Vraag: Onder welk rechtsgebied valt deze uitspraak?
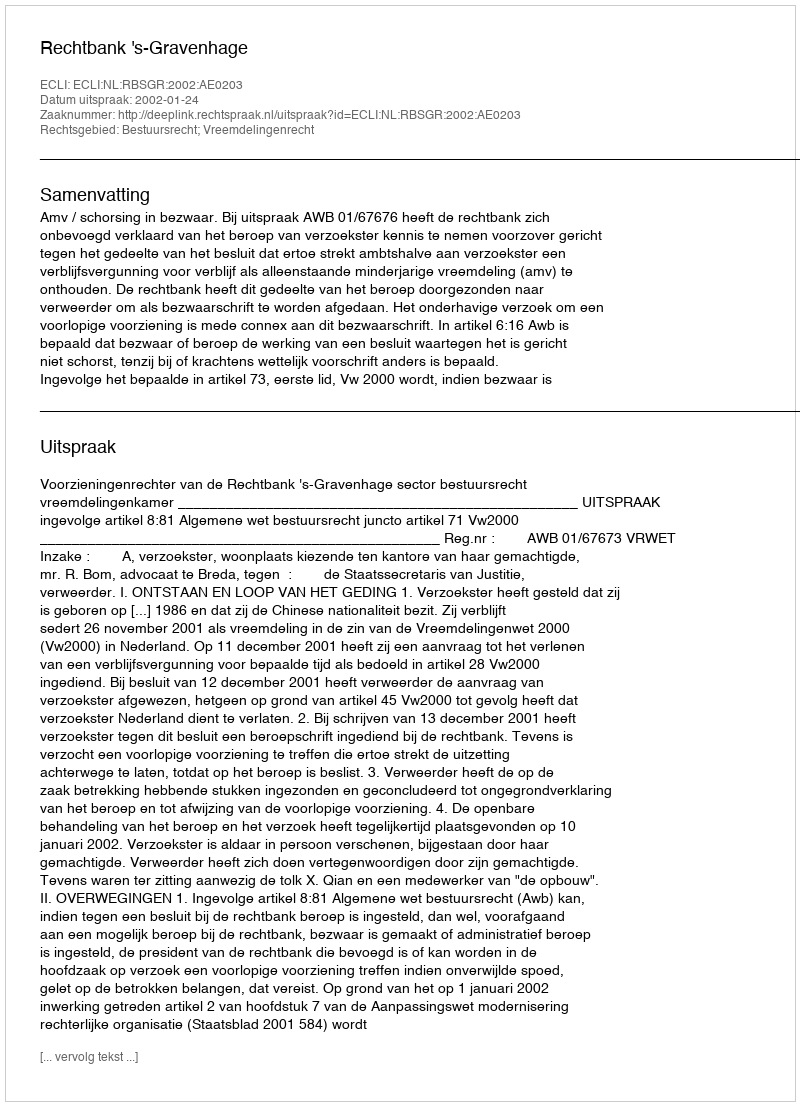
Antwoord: Bestuursrecht; Vreemdelingenrecht